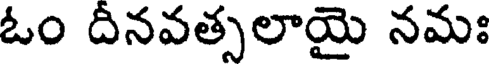
ఓం దీనవత్సలాయై నమః